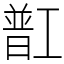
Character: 㠮